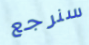
سنرجع